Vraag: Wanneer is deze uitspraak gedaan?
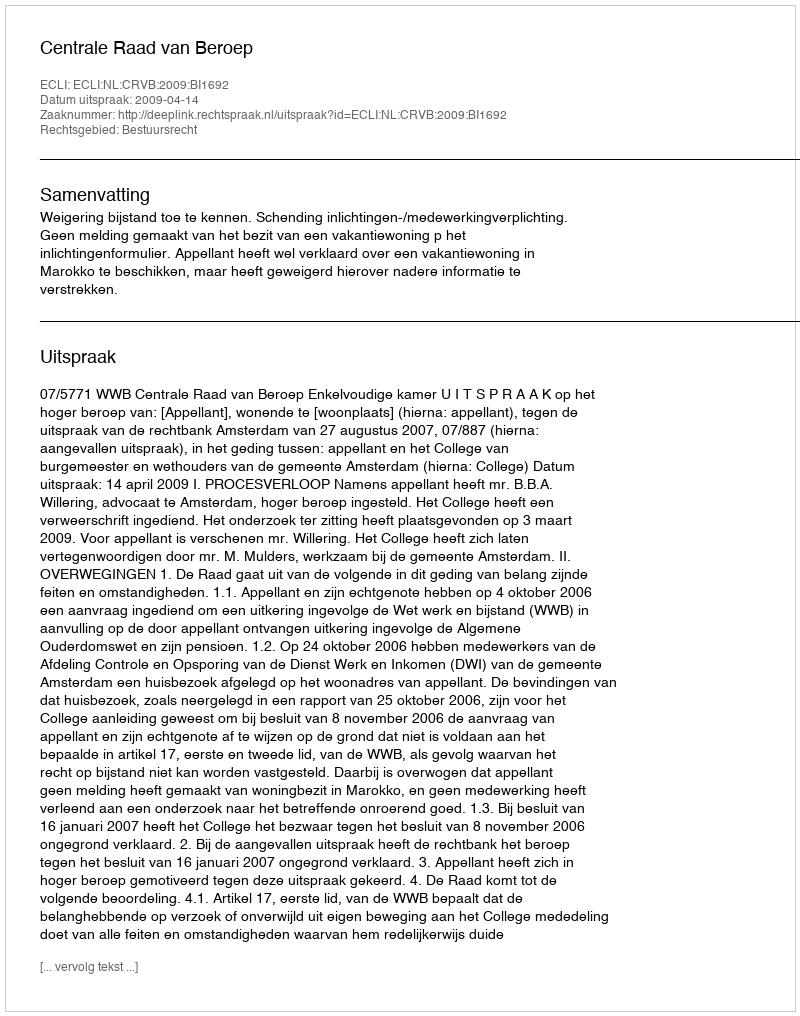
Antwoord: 2009-04-14